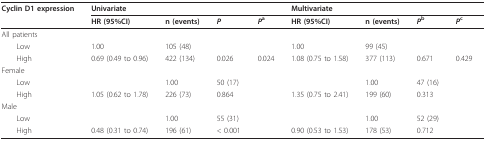
<table><thead><tr><td><b>Cyclin D1 expression</b></td><td colspan="4"><b>Univariate</b></td><td colspan="4"><b>Multivariate</b></td></tr><tr><td></td><td><b>HR (95%CI)</b></td><td><b>n (events)</b></td><td><b><i>P</i></b></td><td><b><i>P</i><sup>a</sup></b></td><td><b>HR (95%CI)</b></td><td><b>n (events)</b></td><td><b><i>P</i><sup>b</sup></b></td><td><b><i>P</i><sup>c</sup></b></td></tr></thead><tbody><tr><td>All patients</td><td></td><td></td><td></td><td></td><td></td><td></td><td></td><td></td></tr><tr><td> Low</td><td>1.00</td><td>105 (48)</td><td></td><td></td><td>1.00</td><td>99 (45)</td><td></td><td></td></tr><tr><td> High</td><td>0.69 (0.49 to 0.96)</td><td>422 (134)</td><td>0.026</td><td>0.024</td><td>1.08 (0.75 to 1.58)</td><td>377 (113)</td><td>0.671</td><td>0.429</td></tr><tr><td>Female</td><td></td><td></td><td></td><td></td><td></td><td></td><td></td><td></td></tr><tr><td> Low</td><td></td><td>1.00</td><td>50 (17)</td><td></td><td></td><td>1.00</td><td>47 (16)</td><td></td></tr><tr><td> High</td><td>1.05 (0.62 to 1.78)</td><td>226 (73)</td><td>0.864</td><td></td><td>1.35 (0.75 to 2.41)</td><td>199 (60)</td><td>0.313</td><td></td></tr><tr><td>Male</td><td></td><td></td><td></td><td></td><td></td><td></td><td></td><td></td></tr><tr><td> Low</td><td></td><td>1.00</td><td>55 (31)</td><td></td><td></td><td>1.00</td><td>52 (29)</td><td></td></tr><tr><td> High</td><td>0.48 (0.31 to 0.74)</td><td>196 (61)</td><td>&lt; 0.001</td><td></td><td>0.90 (0.53 to 1.53)</td><td>178 (53)</td><td>0.712</td><td></td></tr></tbody></table>